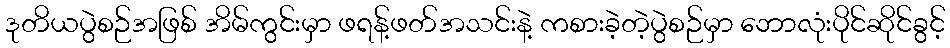
ဒုတိယပွဲစဉ်အဖြစ် အိမ်ကွင်းမှာ ဖရန့်ဖတ်အသင်းနဲ့ ကစားခဲ့တဲ့ပွဲစဉ်မှာ ဘောလုံးပိုင်ဆိုင်ခွင့်